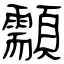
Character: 顬